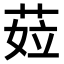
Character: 𦲨